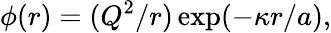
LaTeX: \phi(r)=(Q^{2}/r)\exp(-\kappa r/a),